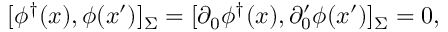
[ \phi ^ { \dagger } ( x ) , \phi ( x ^ { \prime } ) ] _ { \Sigma } = [ \partial _ { 0 } \phi ^ { \dagger } ( x ) , \partial _ { 0 } ^ { \prime } \phi ( x ^ { \prime } ) ] _ { \Sigma } = 0 ,